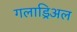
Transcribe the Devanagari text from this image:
गलाड्रिअल